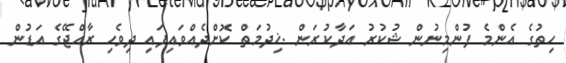
ހިތުގެ އެންމެ ފުންމިނުން ޝުކުރު އަދާކުރަން .ޚިދުމަތް ކޮށްދެއްވައިފައި ދިވެހި ރާއްޖޭގެ އަޑުން